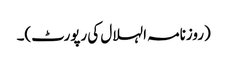
(روزنامہ الہلال کی رپورٹ)۔